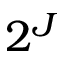
2 ^ { J }